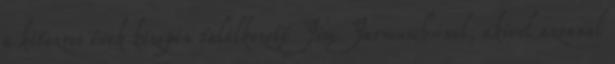
a kétezres évek közepén találkozott Jim Jarmusch-sal, akivel azonnal